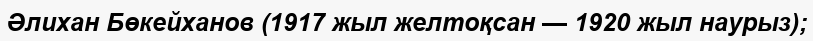
Әлихан Бөкейханов (1917 жыл желтоқсан — 1920 жыл наурыз);